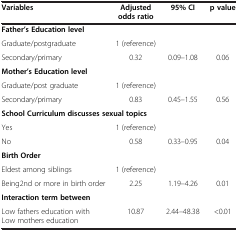
<table><thead><tr><td><b>Variables</b></td><td><b>Adjusted odds ratio</b></td><td><b>95% CI</b></td><td><b>p value</b></td></tr></thead><tbody><tr><td colspan="4"><b>Father’s Education level</b></td></tr><tr><td>Graduate/postgraduate</td><td>1 (reference)</td><td> </td><td> </td></tr><tr><td>Secondary/primary</td><td>0.32</td><td>0.09–1.08</td><td>0.06</td></tr><tr><td colspan="4"><b>Mother’s Education level</b></td></tr><tr><td>Graduate/post graduate</td><td>1 (reference)</td><td> </td><td> </td></tr><tr><td>Secondary/primary</td><td>0.83</td><td>0.45–1.55</td><td>0.56</td></tr><tr><td colspan="4"><b>School Curriculum discusses sexual topics</b></td></tr><tr><td>Yes</td><td>1 (reference)</td><td> </td><td> </td></tr><tr><td>No</td><td>0.58</td><td>0.33–0.95</td><td>0.04</td></tr><tr><td colspan="4"><b>Birth Order</b></td></tr><tr><td>Eldest among siblings</td><td>1 (reference)</td><td> </td><td> </td></tr><tr><td>Being2nd or more in birth order</td><td>2.25</td><td>1.19–4.26</td><td>0.01</td></tr><tr><td colspan="4"><b>Interaction term between</b></td></tr><tr><td>Low fathers education with Low mothers education</td><td>10.87</td><td>2.44–48.38</td><td>&lt;0.01</td></tr></tbody></table>